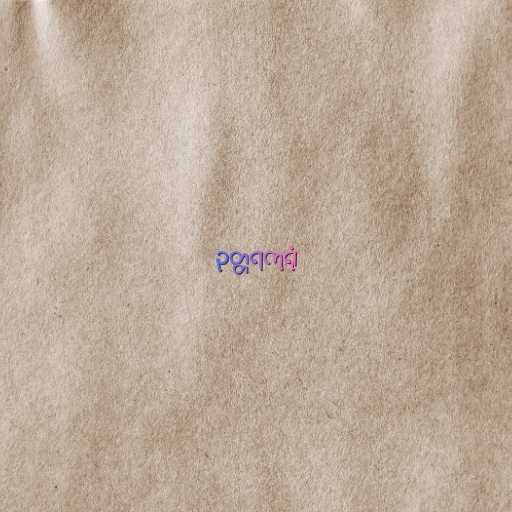
ဥတ္တရကုရုံ